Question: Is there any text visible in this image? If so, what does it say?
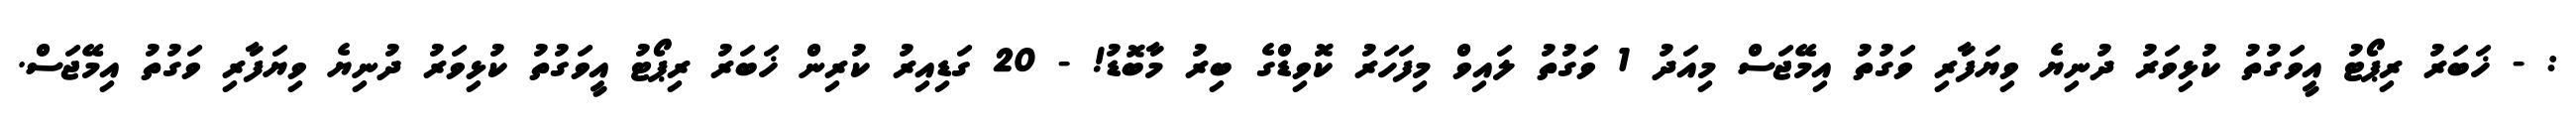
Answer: : - ޚަބަރު ރިޕޯޓު އީވަގުތު ކުޅިވަރު ދުނިޔެ ވިޔަފާރި ވަގުތު އިމޭޖަސް މިއަދު 1 ވަގުތު ލައިވް މިފަހަރު ކޮވިޑްގެ ބިރު މާބޮޑު! - 20 ގަޑިއިރު ކުރިން ޚަބަރު ރިޕޯޓު އީވަގުތު ކުޅިވަރު ދުނިޔެ ވިޔަފާރި ވަގުތު އިމޭޖަސް.